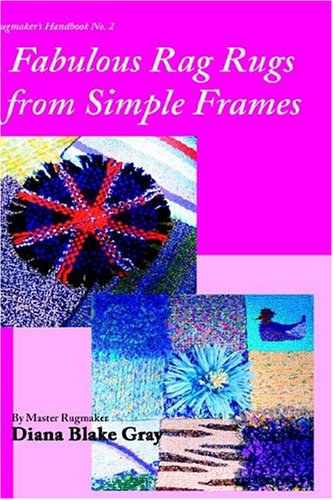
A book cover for Fabulous Rag Rugs from Simple Frames; Diana Blake Gray; Crafts, Hobbies & Home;